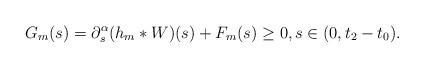
LaTeX: \begin{align*}G_{m}(s) = \partial_{s}^{\alpha}(h_{m}*W)(s) + F_{m}(s) \geq 0, s\in (0,t_{2}-t_{0}).\end{align*}